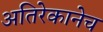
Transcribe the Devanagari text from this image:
अतिरेकानेच